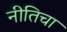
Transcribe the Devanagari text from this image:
नीतिचा